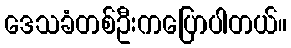
ဒေသခံတစ်ဦးကပြောပါတယ်။